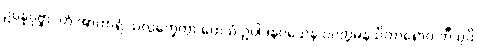
ဥပ္ပန္နပုဗ္ဗာ, တံ အာကာရံ သလ္လက္ခေတွာ တေသံ ဥပ္ပါဒနဝသေန ပဝတ္တမနသိကာရောဝ တီသုပိ